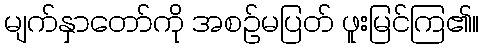
မျက်နှာတော်ကို အစဉ်မပြတ် ဖူးမြင်ကြ၏။